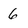
Character: 6